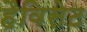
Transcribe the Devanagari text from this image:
हैविसेट